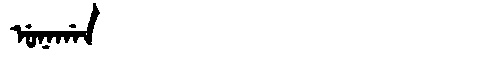
Manchu: ᡠᠨᠠᡤᠠᠨ
Romanization: UNAGAN